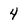
Character: 4